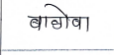
मजकूर: बाळोबा